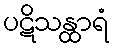
ပဋိသန္ထာရံ